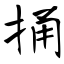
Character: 捅